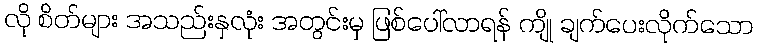
လို စိတ်များ အသည်းနှလုံး အတွင်းမှ ဖြစ်ပေါ်လာရန် ကျို ချက်ပေးလိုက်သော